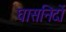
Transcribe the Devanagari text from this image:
घासनिदों